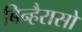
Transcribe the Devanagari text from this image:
बिन्हैरासो